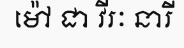
ម៉ៅ ជា វីរៈ នារី